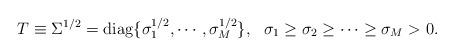
LaTeX: \begin{align*} T \equiv \Sigma^{1/2}=\operatorname{diag}\{\sigma_1^{1/2}, \cdots, \sigma_M^{1/2}\}, \ \ \sigma_1 \geq \sigma_2 \geq \cdots \geq \sigma_M >0.\end{align*}